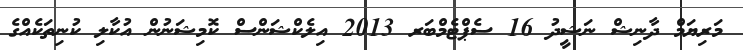
މަރިޔަމް ދާނިޝް ނަޝީދު 16 ސެޕްޓެމްބަރ 2013 އިލެކްޝަންސް ކޮމިޝަނުން އުކާލި ކުނިތަކެއްގެ